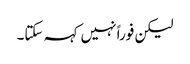
لیکن فوراً نہیں کہہ سکتا۔